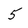
Character: 5